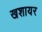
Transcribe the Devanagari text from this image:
खशायर